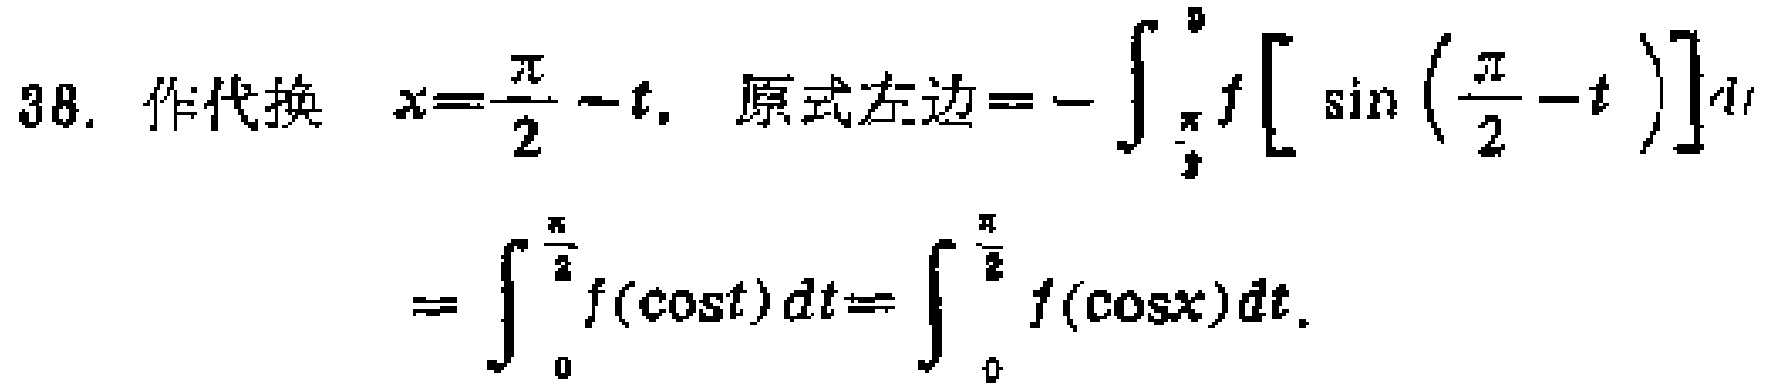
38. 作代换 \(x = \frac{\pi}{2}-t\). 原式左边\(=-\int_{\frac{\pi}{2}}^{0}f\left[\sin\left(\frac{\pi}{2}-t\right)\right]dt\)
\(=\int_{0}^{\frac{\pi}{2}}f(\cos t)dt=\int_{0}^{\frac{\pi}{2}}f(\cos x)dx\).